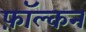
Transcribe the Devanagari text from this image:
फ़ॉल्कन